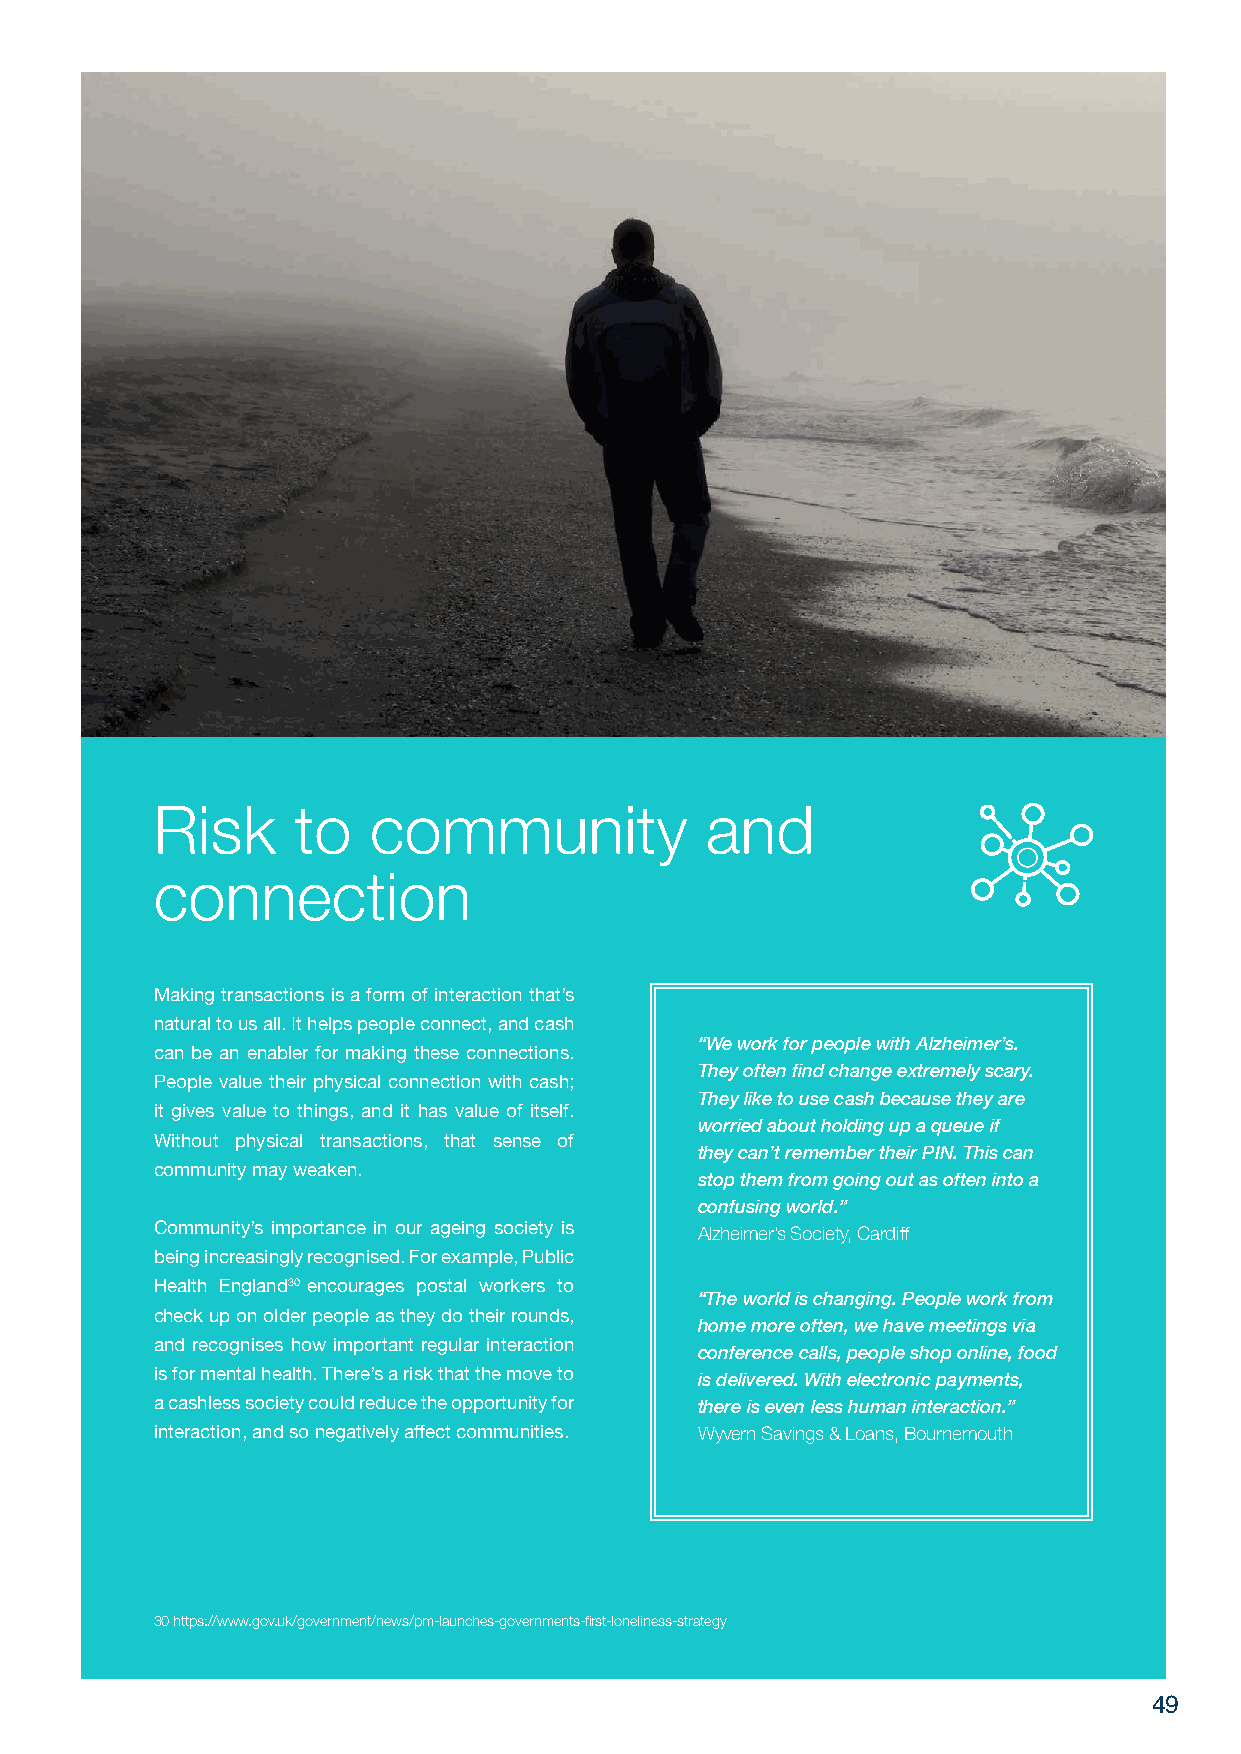
Risk     to   community              and
 connection
 Making transactions is a form of interaction that’s
 natural to us all. It helps people connect, and cash
 “We work for people with Alzheimer’s.
 can be an enabler for making these connections.
 They often find change extremely scary.
 People value their physical connection with cash;
 They like to use cash because they are
 it gives value to things, and it has value of itself.
 worried about holding up a queue if
 Without physical transactions, that sense of
 they can’t remember their PIN. This can
 community may weaken.
 stop them from going out as often into a
 confusing world.”
 Community’s importance in our ageing society is Alzheimer’s Society, Cardiff
 being increasingly recognised. For example, Public
 Health England30 encourages postal workers to
 “The world is changing. People work from
 check up on older people as they do their rounds,
 home more often, we have meetings via
 and recognises how important regular interaction conference calls, people shop online, food
 is for mental health. There’s a risk that the move to is delivered. With electronic payments,
 a cashless society could reduce the opportunity for there is even less human interaction.”
 interaction, and so negatively affect communities. Wyvern Savings & Loans, Bournemouth
 30 https://www.gov.uk/government/news/pm-launches-governments-first-loneliness-strategy
 49